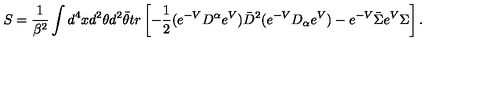
S = \frac { 1 } { \beta ^ { 2 } } \int d ^ { 4 } x d ^ { 2 } \theta d ^ { 2 } \bar { \theta } t r \left[ - \frac { 1 } { 2 } ( e ^ { - V } D ^ { \alpha } e ^ { V } ) \bar { D } ^ { 2 } ( e ^ { - V } D _ { \alpha } e ^ { V } ) - e ^ { - V } \bar { \Sigma } e ^ { V } \Sigma \right] .